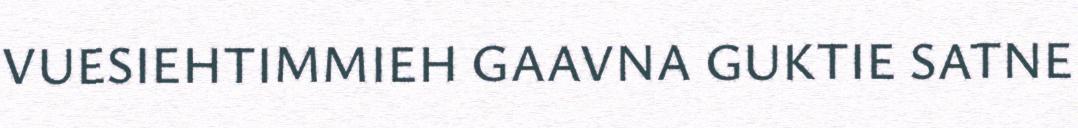
VUESIEHTIMMIEH GAAVNA GUKTIE SATNE